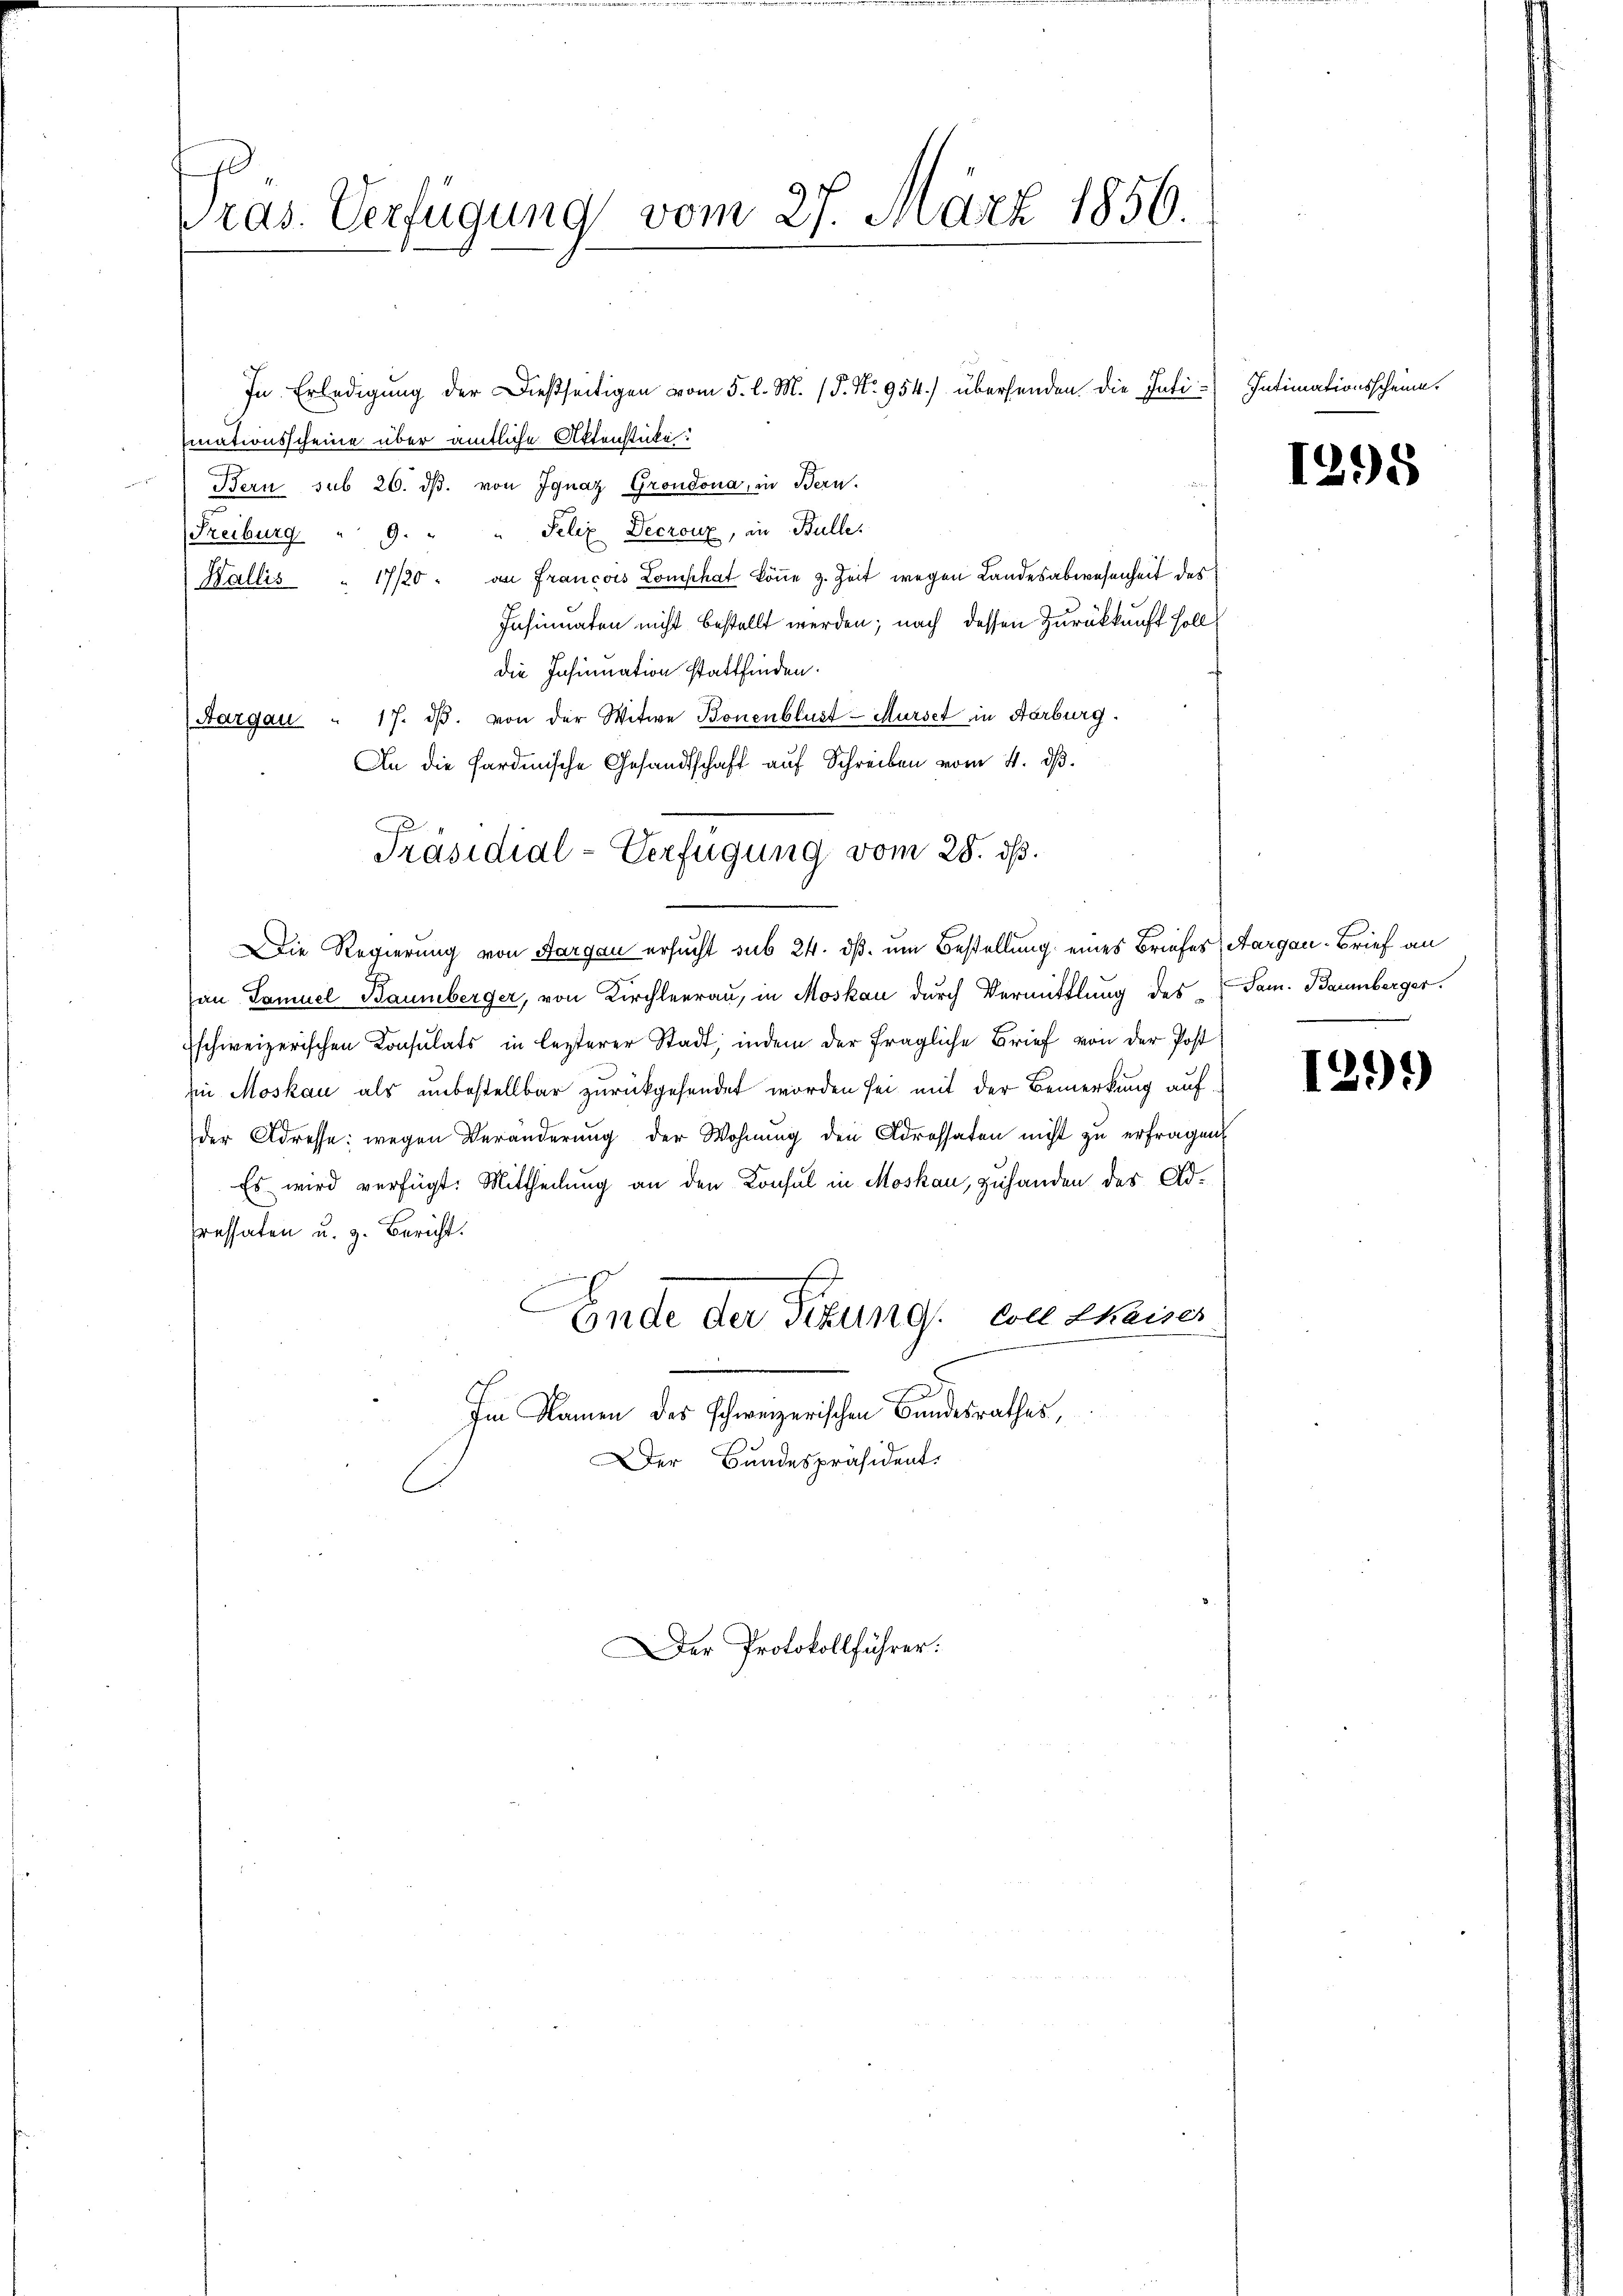
Präs. Verfügung vom 27. März 1856.

In Erledigung der dießseitigen vom 5. l. M. P. Nr. 954.) übersenden die Intiiationsscheine über amtliche Aktenstücke:
" " Bern sub 26. dβ. von Ignaz Grondona, in Bern.
Freiburg " 9. " " Felix Decrouz, in Bulle.
17/20. an Francois Lomphat könne z. Zeit wegen Landesabwesenheit des
Pate
Insinuaten nicht bestellt werden; nach dessen Zurückkunft soll
die Insinuation stattfinden.
(Aargau " 17. dβ. von der Witwe Bonenblust Murse in Aarburg.
An die Sardinische Gesandtschaft auf Schreiben vom 4. ds.
an Samuel Baumberger, von Kirchleerau, in Moskau durch Vermittlung des Jam. Barmberger.
schweizerischen Konsulats in lezterer Stadt, indem der fragliche Brief von der Post¬
Ein Moskau als unbestellbar zurückgesendet worden sei mit der Bemerkung aufder Adresse: wegen Veränderung der Wohnung den Adressaten nicht zu erfragen
Es wird verfügt: Mittheilung an den Konsul in Moskau, zuhanden des Ad¬
Pressaten u. z. Bericht.
Ende der Titung von Chaiser
Im Namen des schweizerischen Bundesrathes,
Der Bundespräsident.

Präsidial-Verfügung vom 28. ds.
Die Regierung von Aargau ersucht sub 24. dß. um Bestellung eines Briefes Aargau-Brief an

Der Protokollführer:

Intimationsscheine.

1295

1291)